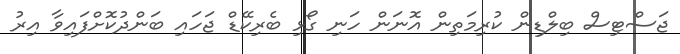
ޖަސްޓިސް ބިލްޑިން ކުރިމަތިން އޮނަން ހަނި ގޯޅިި ބެރިކޭޑް ޖަހައި ބަންދުކޮށްފައިވާ އިރު